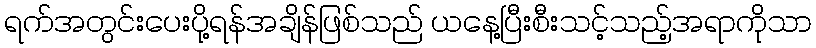
ရက်အတွင်းပေးပို့ရန်အချိန်ဖြစ်သည် ယနေ့ပြီးစီးသင့်သည့်အရာကိုသာ